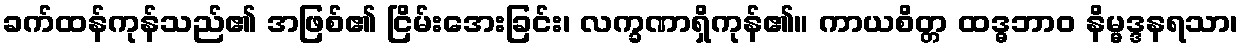
ခက်ထန်ကုန်သည်၏ အဖြစ်၏ ငြိမ်းအေးခြင်း၊ လက္ခဏာရှိကုန်၏။ ကာယစိတ္တ ထဒ္ဓဘာဝ နိမ္မဒ္ဒနရသာ၊